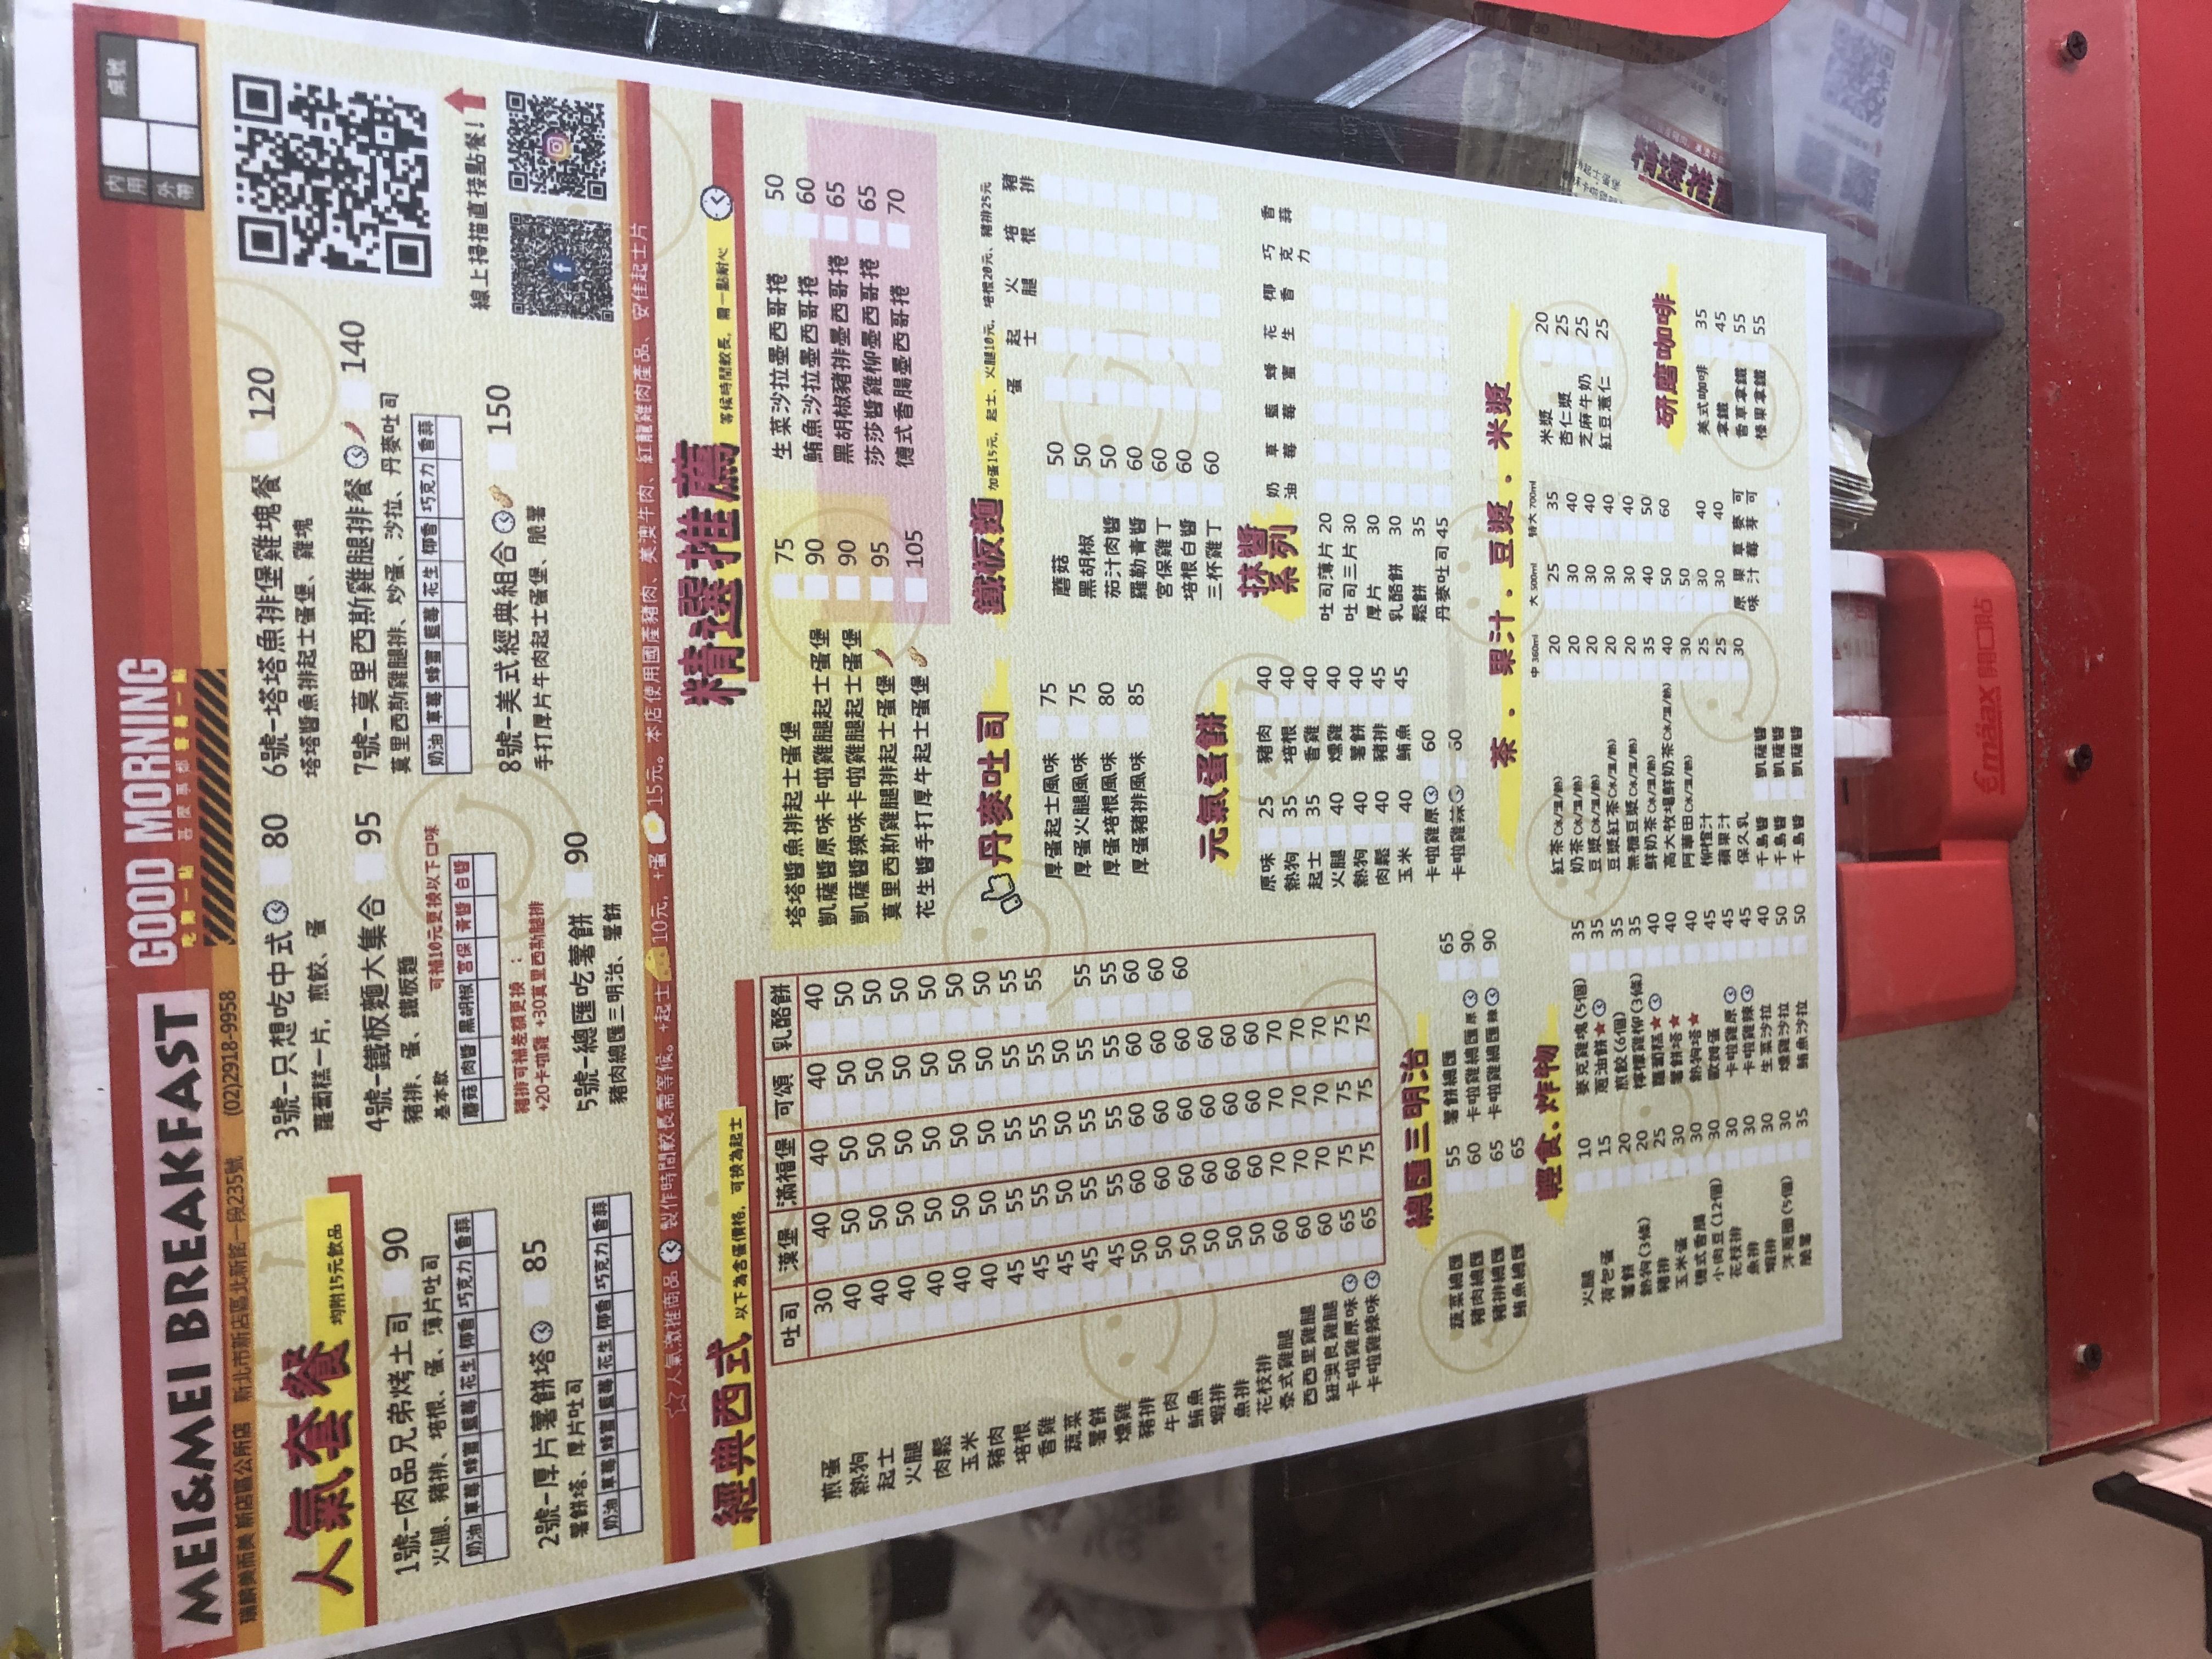
餐廳：MEI&MEI BREAKFAST (美而美早點)
地址：新北市新店區北新路一段235號
電話：(02)2918-9958
菜單：
name: 肉品兄弟炸士司套餐
price: 90
name: 厚片薯餅塔套餐
price: 85
name: 只想吃中式套餐
price: 80
name: 鐵板麵大集合套餐
price: 95
name: 德國吃薯餅套餐
price: 90
name: 塔塔魚排堡套餐
price: 120
name: 真里西斯雞腿排餐
price: 140
name: 美式經典組合套餐
price: 150
name: 煎蛋吐司
price: 30
name: 熱狗吐司
price: 40
name: 起士吐司
price: 40
name: 火腿吐司
price: 40
name: 肉鬆吐司
price: 40
name: 豬肉吐司
price: 40
name: 培根吐司
price: 40
name: 香雞吐司
price: 40
name: 燻雞吐司
price: 40
name: 豬排吐司
price: 45
name: 鮪魚吐司
price: 45
name: 卡啦雞吐司
price: 50
name: 煎蛋滿福堡
price: 40
name: 熱狗滿福堡
price: 50
name: 起士滿福堡
price: 50
name: 火腿滿福堡
price: 50
name: 肉鬆滿福堡
price: 50
name: 豬肉滿福堡
price: 50
name: 培根滿福堡
price: 50
name: 香雞滿福堡
price: 50
name: 燻雞滿福堡
price: 50
name: 豬排滿福堡
price: 55
name: 鮪魚滿福堡
price: 55
name: 卡啦雞滿福堡
price: 60
name: 塔塔魚排堡
price: 60
name: 凱薩醬原味卡啦雞腿起士蛋堡
price: 75
name: 凱薩醬辣味卡啦雞腿起士蛋堡
price: 75
name: 真里西斯雞腿排起士蛋堡
price: 90
name: 花士手打厚牛起士蛋堡
price: 105
name: 生菜沙拉薑西哥排
price: 50
name: 鮪魚沙拉薑西哥排
price: 60
name: 黑胡椒豬排薑西哥排
price: 65
name: 莎莎醬雞柳薑西哥排
price: 65
name: 德式香腸薑西哥排
price: 70
name: 原味蛋餅
price: 25
name: 熱狗蛋餅
price: 35
name: 起士蛋餅
price: 35
name: 火腿蛋餅
price: 40
name: 雞腿蛋餅
price: 40
name: 肉鬆蛋餅
price: 40
name: 玉米蛋餅
price: 40
name: 豬肉蛋餅
price: 40
name: 培根蛋餅
price: 40
name: 香雞蛋餅
price: 40
name: 燻雞蛋餅
price: 40
name: 豬排蛋餅
price: 45
name: 鮪魚蛋餅
price: 50
name: 卡啦雞腿蛋餅
price: 60
name: 柳橙汁
price: 30
name: 蘋果汁
price: 30
name: 蔬果汁
price: 30
name: 保久乳
price: 35
name: 紅茶
price: 20
name: 奶茶
price: 25
name: 豆漿紅茶
price: 25
name: 豆漿奶茶
price: 30
name: 鮮奶茶
price: 35
name: 美式咖啡
price: 35
name: 拿鐵
price: 45
name: 卡布奇諾
price: 55
name: 榛果拿鐵
price: 55
name: 米漿
price: 20
name: 杏仁漿
price: 25
name: 芝麻牛奶
price: 25
name: 紅豆薏仁
price: 25
name: 火腿三明治
price: 50
name: 豬肉三明治
price: 50
name: 培根三明治
price: 50
name: 鮪魚三明治
price: 50
name: 玉米三明治
price: 50
name: 肉鬆三明治
price: 50
name: 燻雞三明治
price: 50
name: 卡啦雞腿三明治
price: 60
name: 黑胡椒豬排三明治
price: 65
name: 塔塔魚排三明治
price: 65
name: 德式香腸三明治
price: 65
name: 西西里雞腿三明治
price: 70
name: 紐澳良雞腿三明治
price: 70
name: 原味蘿蔔糕
price: 30
name: 煎餃 (5個)
price: 35
name: 水餃 (10個)
price: 60
name: 荷包蛋
price: 15
name: 熱狗 (2條)
price: 20
name: 薯條
price: 35
name: 雞塊 (5塊)
price: 40
name: 雞塊 (10塊)
price: 75
name: 甜不辣
price: 30
name: 起司條
price: 35
name: 蔬素總匯
price: 55
name: 豬肉總匯
price: 65
name: 豬排總匯
price: 65
name: 鮪魚總匯
price: 65